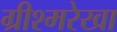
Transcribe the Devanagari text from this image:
ग्रीश्मरेखा